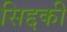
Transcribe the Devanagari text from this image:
सिद्दकी